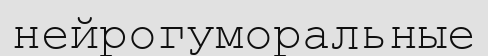
нейрогуморальные